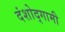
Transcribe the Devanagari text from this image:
दंशोद्गामी